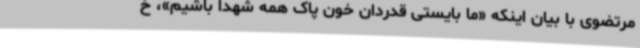
مرتضوی با بیان اینکه «ما بایستی قدردان خون پاک همه شهدا باشیم»، خ